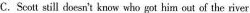
C.Scolt still doesn't know who got him out of the river